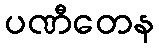
ပဏီတေန